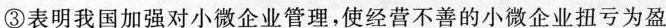
③表明我国加强对小微企业管理，使经营不善的小微企业扭亏为盈